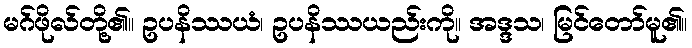
မဂ်ဖိုလ်တို့၏။ ဥပနိဿယံ၊ ဥပနိဿယည်းကို။ အဒ္ဒသ၊ မြင်တော်မူ၏။